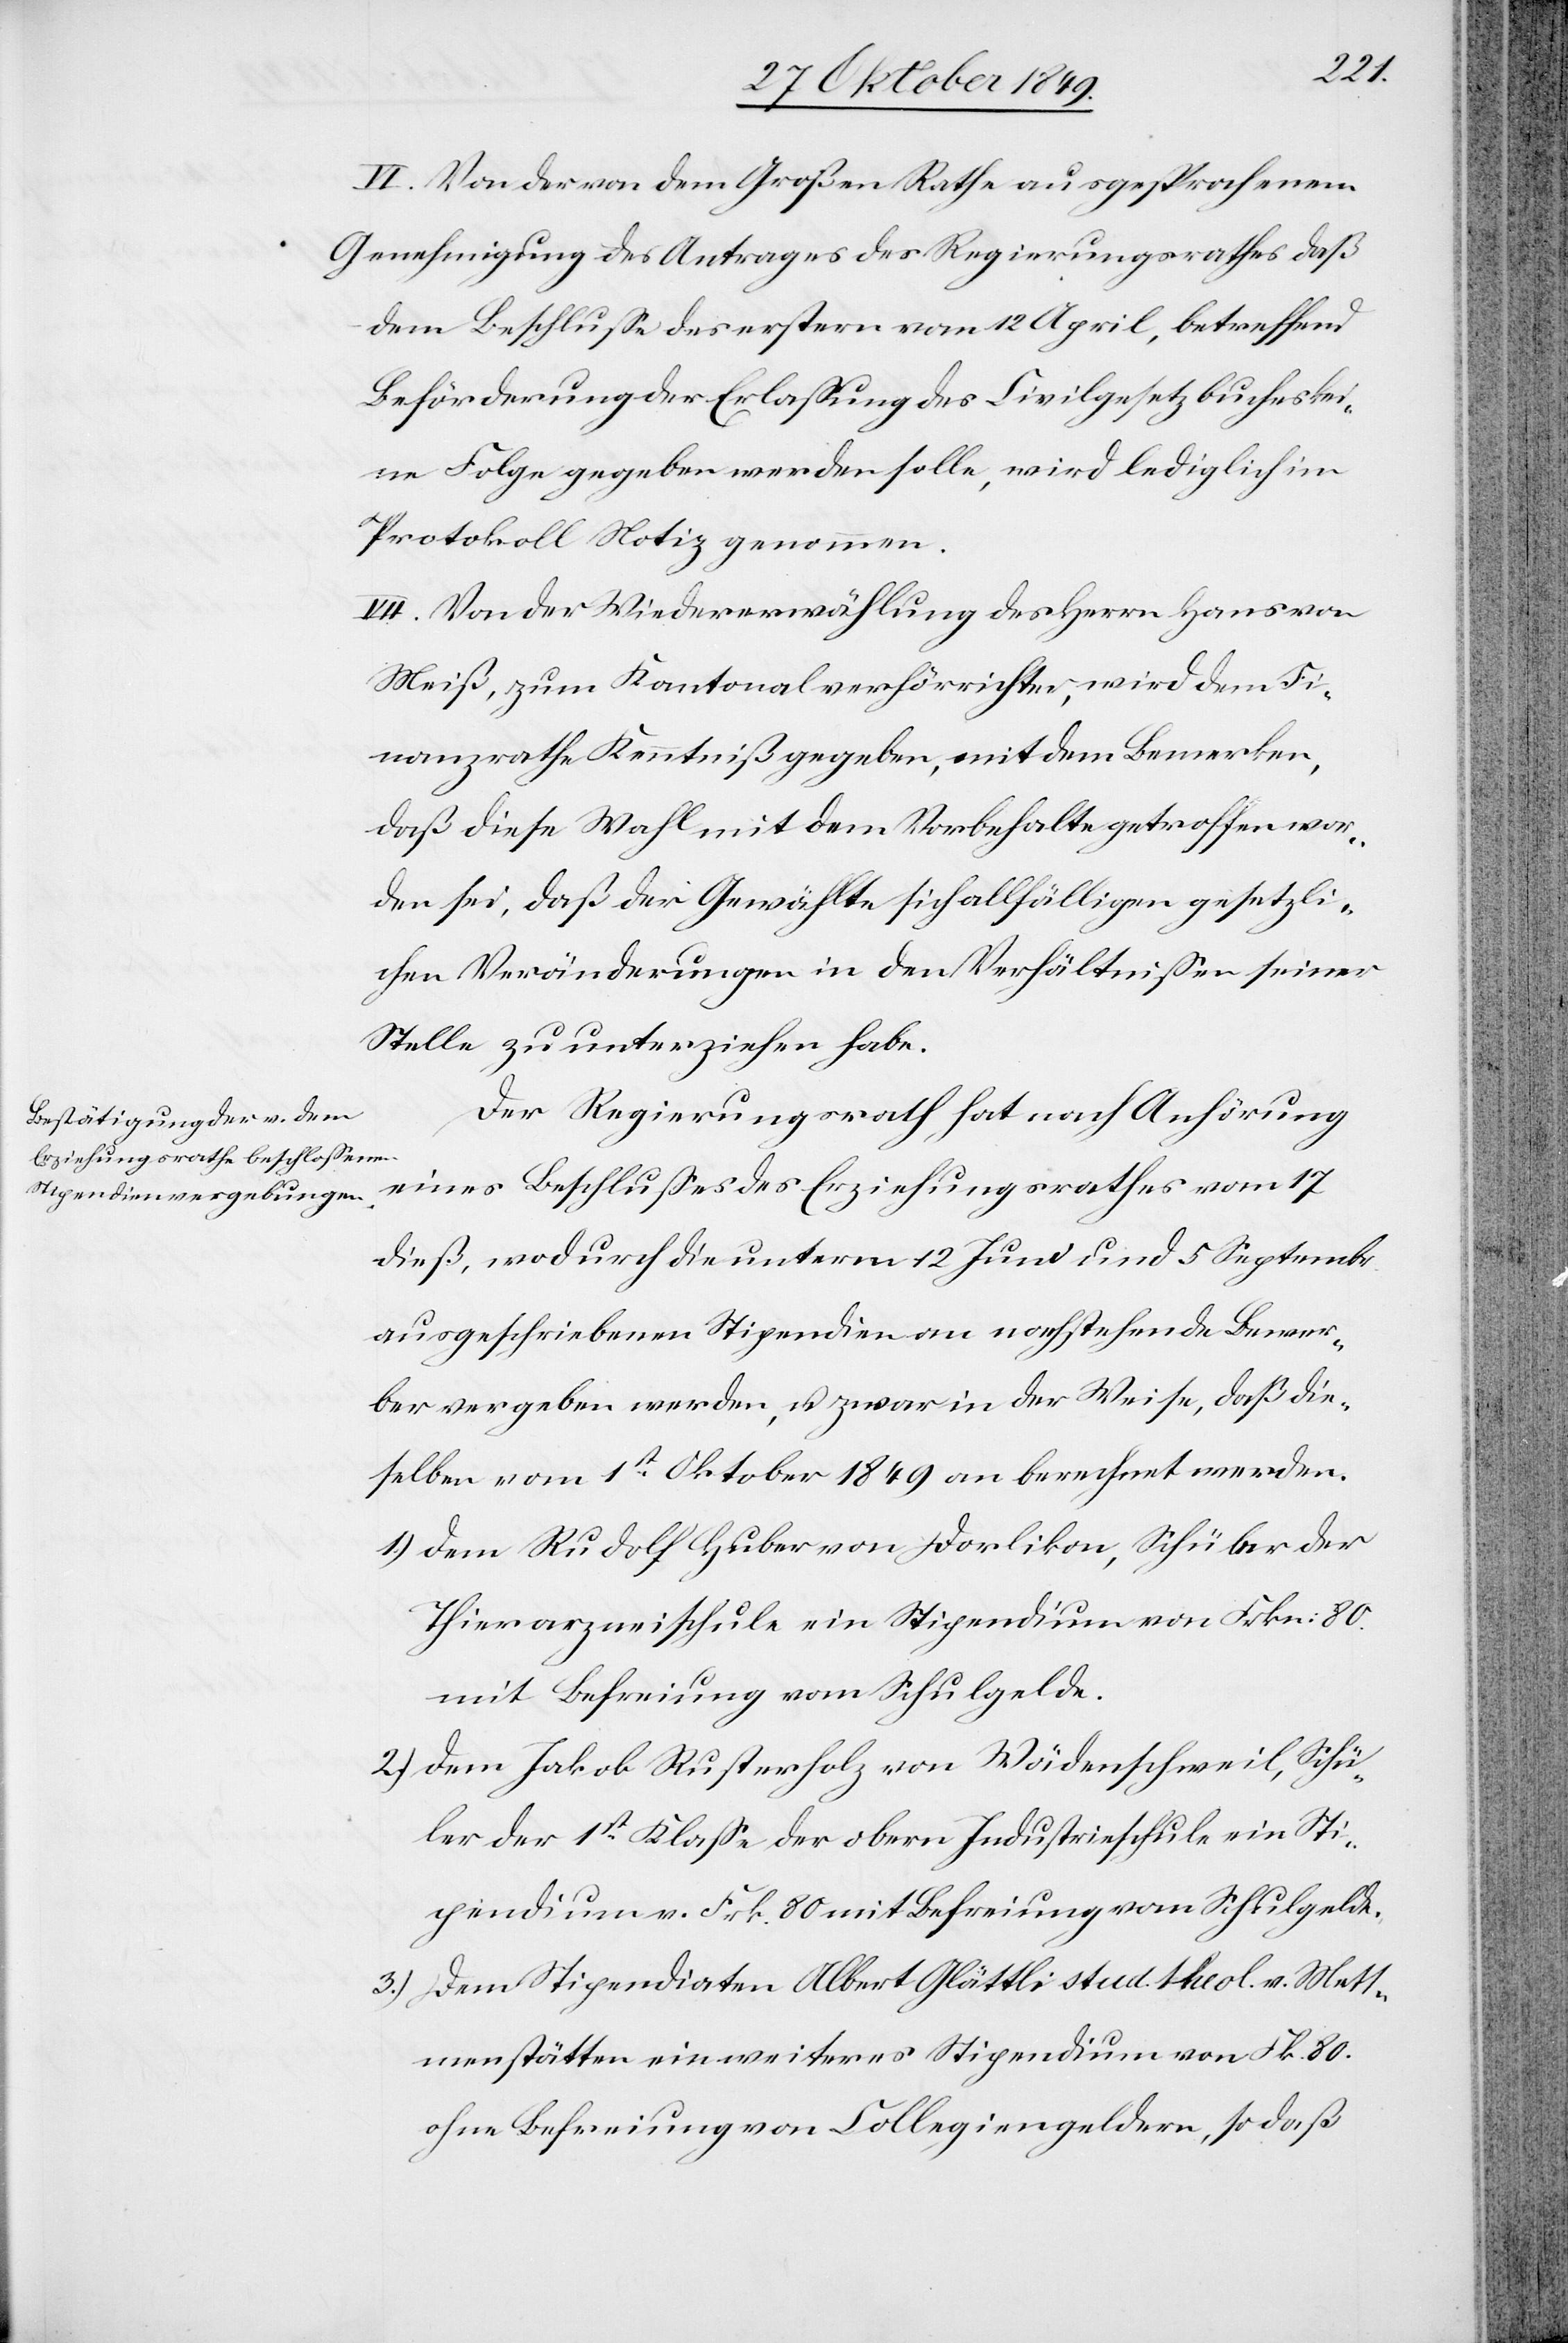
VI. Von der von dem Großen Rathe ausgesprochenen
Genehmigung des Antrages der Regierungsrathes daß
dem Beschluße des erstern vom 12 April, betreffend
Beförderung der Erlaßung des Civilgesetzbuches kei¬
ne Folge gegeben werden solle, wird lediglich im
Protokoll Notiz genommen.
VII. Von der Wiedererwählung des Herrn Hans von
Meiß, zum Kantonalverhörrichter, wird dem Fi¬
nanzrathe Kenntniß gegeben, mit dem Bemerken,
daß diese Wahl mit dem Vorbehalte getroffen wor¬
den sei, daß der Gewählte sich allfälligen gesetzli¬
chen Veränderungen in den Verhältnißen seiner
Stelle zu unterziehen habe.
Der Regierungsrath hat nach Anhörung
eines Beschlußes des Erziehungsrathes vom 17
dieß, wodurch die unterm 12 Juni und 5 Septembr.
ausgeschriebenen Stipendien an nachstehende Bewer¬
ber vergeben werden, u. zwar in der Weise, daß die¬
selben vom 1st Oktober 1849 an berechnet werden.
1.) Dem Rudolf Huber von Dorlikon, Schüler der
Thierarzneischule ein Stipendium von Frkn: 80
mit Befreiung vom Schulgelde.
2.) Dem Jakob Rusterholz von Wädenschweil, Schü¬
ler der 1st Klaße der obern Industrieschule ein Sti¬
pendium v. Frk. 80 mit Befreiung vom Schulgelde.
3.) Dem Stipendiaten Albert Glättli stud. Theol. V. Mett¬
menstätten ein weiteres Stipendium von Fk. 80
ohne Befreiung von Collegiengeldern, so daß